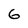
Character: 6